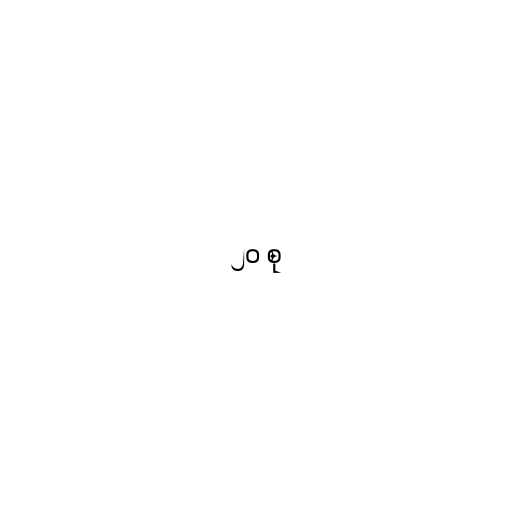
၂၀ စု